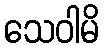
သေဝါမိ